Insane asylums in Bengal annual reports 1867-1875 - 1867-1875
Year: 1867
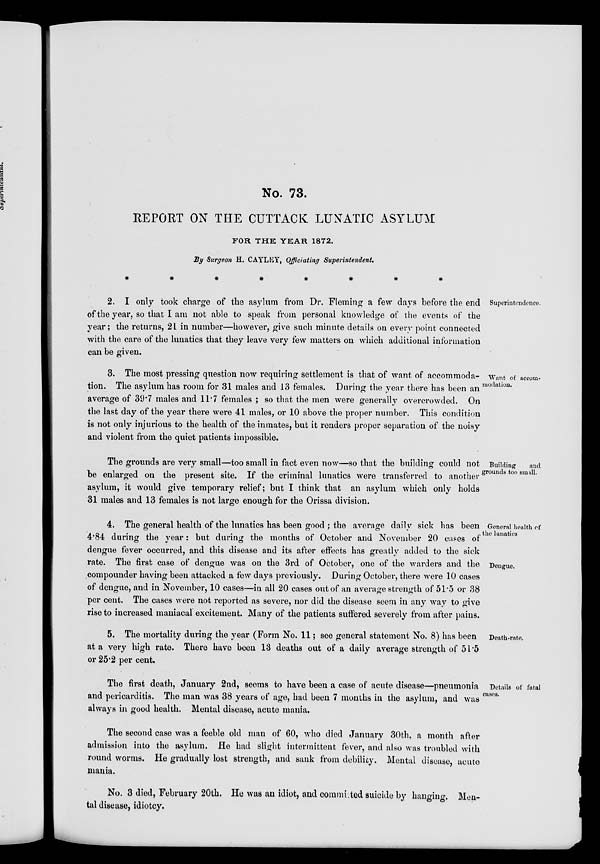
No. 73.
REPORT ON THE CUTTACK LUNATIC ASYLUM
FOR THE YEAR 1872.
By Surgeon H. CAYLEY, Officiating Superintendent.
Superintendence.
2. I only took charge of the asylum from Dr. Fleming a few days before the end
of the year, so that I am not able to speak from personal knowledge of the events of the
year; the returns, 21 in number—however, give such minute details on every point connected
with the care of the lunatics that they leave very few matters on which additional information
can be given.
Want of accom-
modation.
3. The most pressing question now requiring settlement is that of want of accommoda-
tion. The asylum has room for 31 males and 13 females. During the year there has been an
average of 39.7 males and 11.7 females ; so that the men were generally overcrowded. On
the last day of the year there were 41 males, or 10 above the proper number. This condition
is not only injurious to the health of the inmates, but it renders proper separation of the noisy
and violent from the quiet patients impossible.
Building
and
grounds too small.
The grounds are very small—too small in fact even now—so that the building could not
be enlarged on the present site. If the criminal lunatics were transferred to another
asylum, it would give temporary relief; but I think that an asylum which only holds
31 males and 13 females is not large enough for the Orissa division.
General health of
the lunatics
Dengue.
4. The general health of the lunatics has been good ; the average daily sick has been
4.84 during the year: but during the months of October and November 20 cases of
dengue fever occurred, and this disease and its after effects has greatly added to the sick
rate. The first case of dengue was on the 3rd of October, one of the warders and the
compounder having been attacked a few days previously. During October, there were 10 cases
of dengue, and in November, 10 cases—in all 20 cases out of an average strength of 51.5 or 38
per cent. The cases were not reported as severe, nor did the disease seem in any way to give
rise to increased maniacal excitement. Many of the patients suffered severely from after pains.
Death-rate.
5. The mortality during the year (Form No. 11; see general statement No. 8) has been
at a very high rate. There have been 13 deaths out of a daily average strength of 51.5
or 25.2 per cent.
Details of fatal
cases.
The first death, January 2nd, seems to have been a case of acute disease—pneumonia
and pericarditis. The man was 38 years of age, had been 7 months in the asylum, and was
always in good health. Mental disease, acute mania.
The second case was a feeble old man of 60, who died January 30th, a month after
admission into the asylum. He had slight intermittent fever, and also was troubled with
round worms. He gradually lost strength, and sank from debility. Mental disease, acute
mania.
No. 3 died, February 20th. He was an idiot, and committed suicide by hanging-. Men-
tal disease, idiotcy.